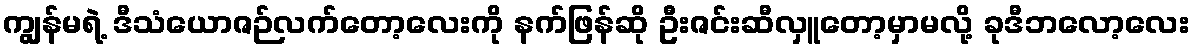
ကျွန်မရဲ့ ဒီသံယောဇဉ်လက်တော့လေးကို နက်ဖြန်ဆို ဦးဇင်းဆီလှူတော့မှာမလို့ ခုဒီဘလော့လေး